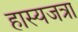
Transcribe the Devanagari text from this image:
हास्यजत्रा